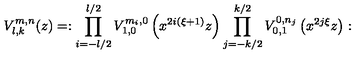
V _ { l , k } ^ { m , n } ( z ) = : \prod _ { i = - l / 2 } ^ { l / 2 } V _ { 1 , 0 } ^ { m _ { i } , 0 } \left( x ^ { 2 i ( \xi + 1 ) } z \right) \prod _ { j = - k / 2 } ^ { k / 2 } V _ { 0 , 1 } ^ { 0 , n _ { j } } \left( x ^ { 2 j \xi } z \right) :